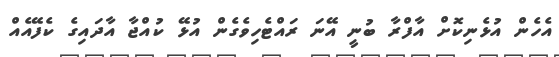
އެހެން އުޅެނިކޮށް އާފްރާ ބުނީ އޭނަ ރައްޓެހިވެގެން އުޅޭ ކުއްޖާ އާދައިގެ ކެފޭއެއް